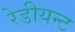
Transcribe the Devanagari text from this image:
रेडीयन्ट